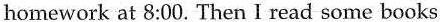
homework at 8:00. Then I read some books